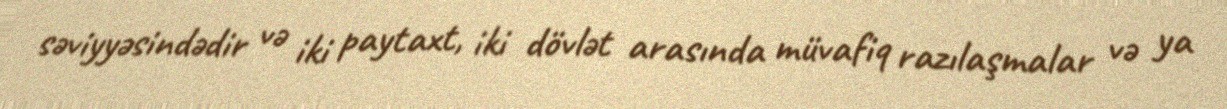
səviyyəsindədir və iki paytaxt, iki dövlət arasında müvafiq razılaşmalar və ya